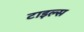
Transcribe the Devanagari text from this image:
टाइल्‍स